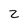
Character: 2